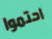
احتموا